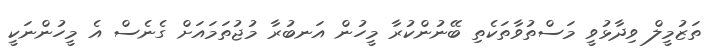
ތަޒުމީލް ވިދާޅުވީ މަސްތުވާތަކެތި ބޭނުންކުރާ މީހުން އަނބުރާ މުޖުތަމައަށް ގެނެސް އެ މީހުންނަކީ